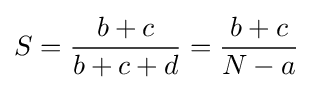
S={\frac {b+c}{b+c+d}}={\frac {b+c}{N-a}}